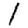
Digit: 1